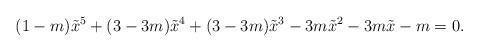
\begin{align*}(1-m)\tilde{x}^5+(3-3m)\tilde{x}^4+(3-3m)\tilde{x}^3-3m\tilde{x}^2-3m\tilde{x}-m=0.\end{align*}